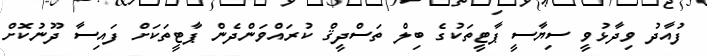
ފުއާދު ވިދާޅުވީ ސިޔާސީ ޕާޓީތަކުގެ ބިލް ތަސްދީޤް ކުރައްވަންދެން ޕާޓީތަކަށް ފައިސާ ދޫނުކޮށް